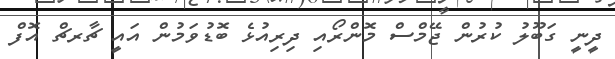
ދީނީ ގަބޫލު ކުރުން ޖޭމްސް މޮންރޯއި ދިރިއުޅެ ބޮޑުވަމުން އައީ ޗާރޗް އޮފް